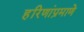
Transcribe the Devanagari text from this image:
हरिणांप्रमाणे